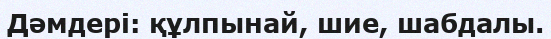
Дәмдері: құлпынай, шие, шабдалы.